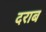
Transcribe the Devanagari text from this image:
दराब